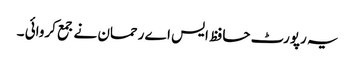
یہ رپورٹ حافظ ایس اے رحمان نے جمع کروائی ۔